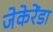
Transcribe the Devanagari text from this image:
जेकेरेंडा